Civil Veterinary Dept. Bombay admin report 1932-41 - 1932-1941
Year: 1932
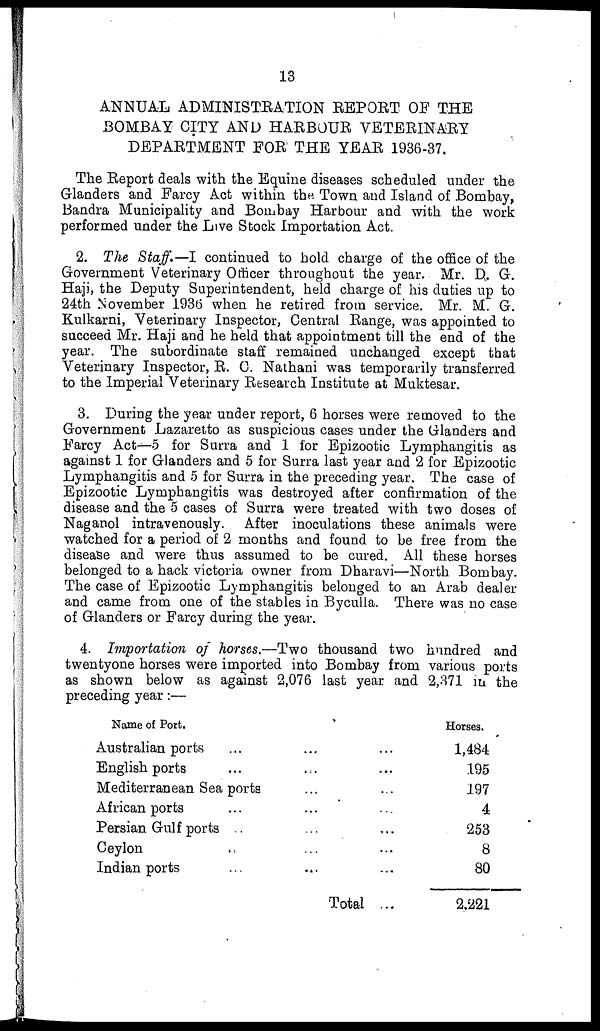
13
ANNUAL ADMINISTRATION REPORT OF THE
BOMBAY CITY AND HARBOUR VETERINARY
DEPARTMENT FOR THE YEAR 1936-37.
The Report deals with the Equine diseases scheduled under the
Glanders and Farcy Act within the Town and Island of Bombay,
Bandra Municipality and Bombay Harbour and with the work
performed under the Live Stock Importation Act.
2. The Staff.—I continued to hold charge of the office of the
Government Veterinary Officer throughout the year. Mr. D. G.
Haji, the Deputy Superintendent, held charge of his duties up to
24th November 1936 when he retired from service. Mr. M. G.
Kulkarni, Veterinary Inspector, Central Range, was appointed to
succeed Mr. Haji and he held that appointment till the end of the
year. The subordinate staff remained unchanged except that
Veterinary Inspector, R. C. Nathani was temporarily transferred
to the Imperial Veterinary Research Institute at Muktesar.
3. During the year under report, 6 horses were removed to the
Government Lazaretto as suspicious cases under the Glanders and
Farcy Act—5 for Surra and 1 for Epizootic Lymphangitis as
against 1 for Glanders and 5 for Surra last year and 2 for Epizootic
Lymphangitis and 5 for Surra in the preceding year. The case of
Epizootic Lymphangitis was destroyed after confirmation of the
disease and the 5 cases of Surra were treated with two doses of
Naganol intravenously. After inoculations these animals were
watched for a period of 2 months and found to be free from the
disease and were thus assumed to be cured. All these horses
belonged to a hack victoria owner from Dharavi—North Bombay.
The case of Epizootic Lymphangitis belonged to an Arab dealer
and came from one of the stables in Byculla. There was no case
of Glanders or Farcy during the year.
4. Importation of horses.—Two thousand two hundred and
twentyone horses were imported into Bombay from various ports
as shown below as against 2,076 last year and 2,371 in the
preceding year:—
Name of Port.
Australian ports ... ... ...
English ports ... ... ...
Mediterranean Sea ports ... ...
African ports ... ... ...
Persian Gulf ports ... ... ...
Ceylon ... ... ...
Indian ports ... ... ...
Total...
Horses.
1,484
195
197
4
253
8
80
2,221